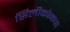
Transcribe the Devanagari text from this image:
सिलीकोनचा